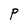
Character: P